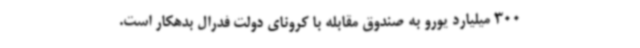
300 میلیارد یورو به صندوق مقابله با کرونای دولت فدرال بدهکار است.